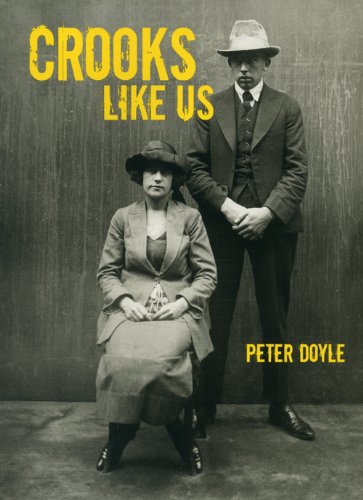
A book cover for Crooks Like Us; Peter Doyle; History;